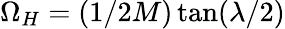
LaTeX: \Omega_{H}=(1/2M)\tan(\lambda/2)